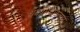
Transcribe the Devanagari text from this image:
थयोमिथोक्‍जाम